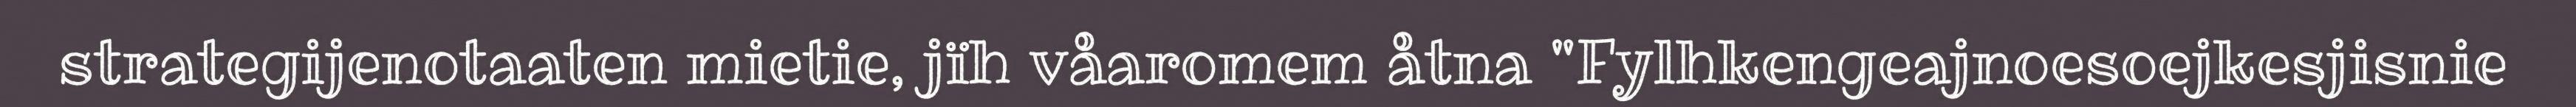
strategijenotaaten mietie, jïh våaromem åtna "Fylhkengeajnoesoejkesjisnie